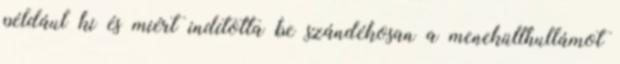
például ki és miért indította be szándékosan a menekülthullámot